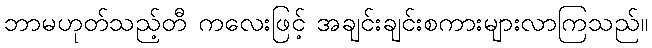
ဘာမဟုတ်သည့်တီ ကလေးဖြင့် အချင်းချင်းစကားများလာကြသည်။